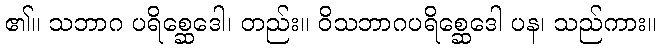
၏။ သဘာဂ ပရိစ္ဆေဒေါ၊ တည်း။ ဝိသဘာဂပရိစ္ဆေဒေါ ပန၊ သည်ကား။